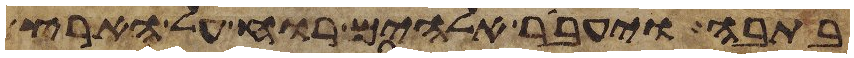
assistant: בתבה ויעבר אלהים רוח על הארץ